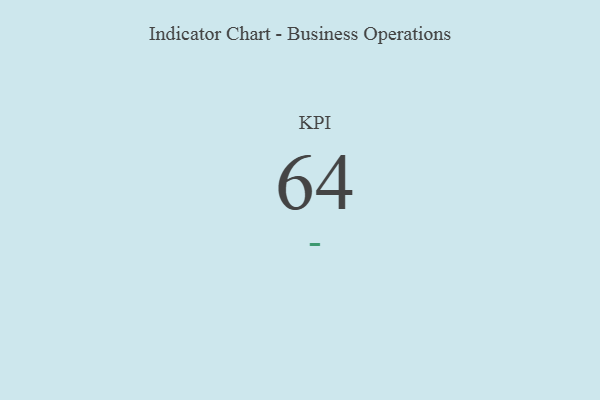
{"axis": {"x": "KPI", "y": "Value"}, "legend": [""], "data": [{"x": "KPI", "y": 64, "type": ""}]}